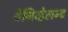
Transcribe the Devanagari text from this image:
बेनिव्हेलन्ट